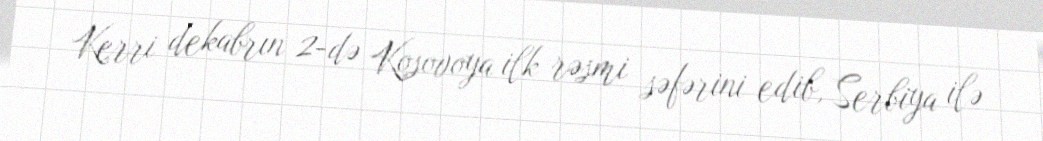
Kerri dekabrın 2-də Kosovoya ilk rəsmi səfərini edib, Serbiya ilə